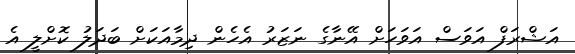
އަޝްރަފް އަވަސް އަވަހަށް އޭނާގެ ނަޒަރު އެހެން ދިމާއަކަށް ބަދަލު ކޮށްލީ އެ